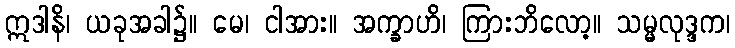
ဣဒါနိ၊ ယခုအခါ၌။ မေ၊ ငါအား။ အက္ခာဟိ၊ ကြားဘိလော့။ သမ္မလုဒ္ဒက၊